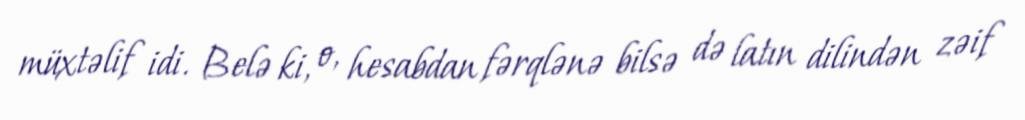
müxtəlif idi. Belə ki, o, hesabdan fərqlənə bilsə də latın dilindən zəif